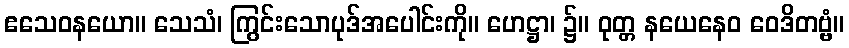
ဧသေဝနယော။ သေသံ၊ ကြွင်းသောပုဒ်အပေါင်းကို။ ဟေဋ္ဌာ၊ ၌။ ဝုတ္တ နယေနေဝ ဝေဒိတဗ္ဗံ။